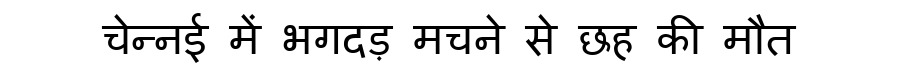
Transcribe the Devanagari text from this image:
चेन्नई में भगदड़ मचने से छह की मौत